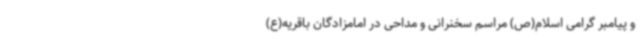
و پیامبر گرامی اسلام(ص) مراسم سخنرانی و مداحی در امامزادگان باقریه(ع)